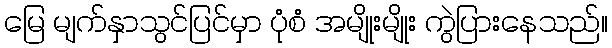
မြေ မျက်နှာသွင်ပြင်မှာ ပုံစံ အမျိုးမျိုး ကွဲပြားနေသည်။